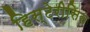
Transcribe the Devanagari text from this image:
हिस्टेरीसिस